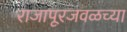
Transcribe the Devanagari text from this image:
राजापूरजवळच्या